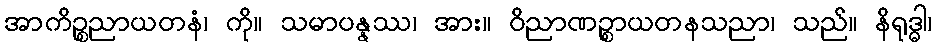
အာကိဉ္စညာယတနံ၊ ကို။ သမာပန္နဿ၊ အား။ ဝိညာဏဉ္စာယတနသညာ၊ သည်။ နိရုဒ္ဓါ၊